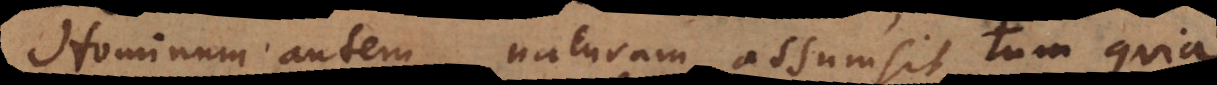
Hominum autem naturam assumsit, tum quia